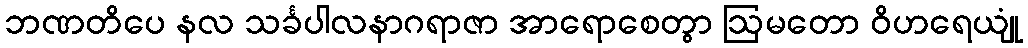
ဘဏတိပေ နလ သင်္ခပါလနာဂရာဇာ အာရောစေတွာ ဩမတော ဝိဟရေယျုံ